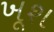
ખૂશ